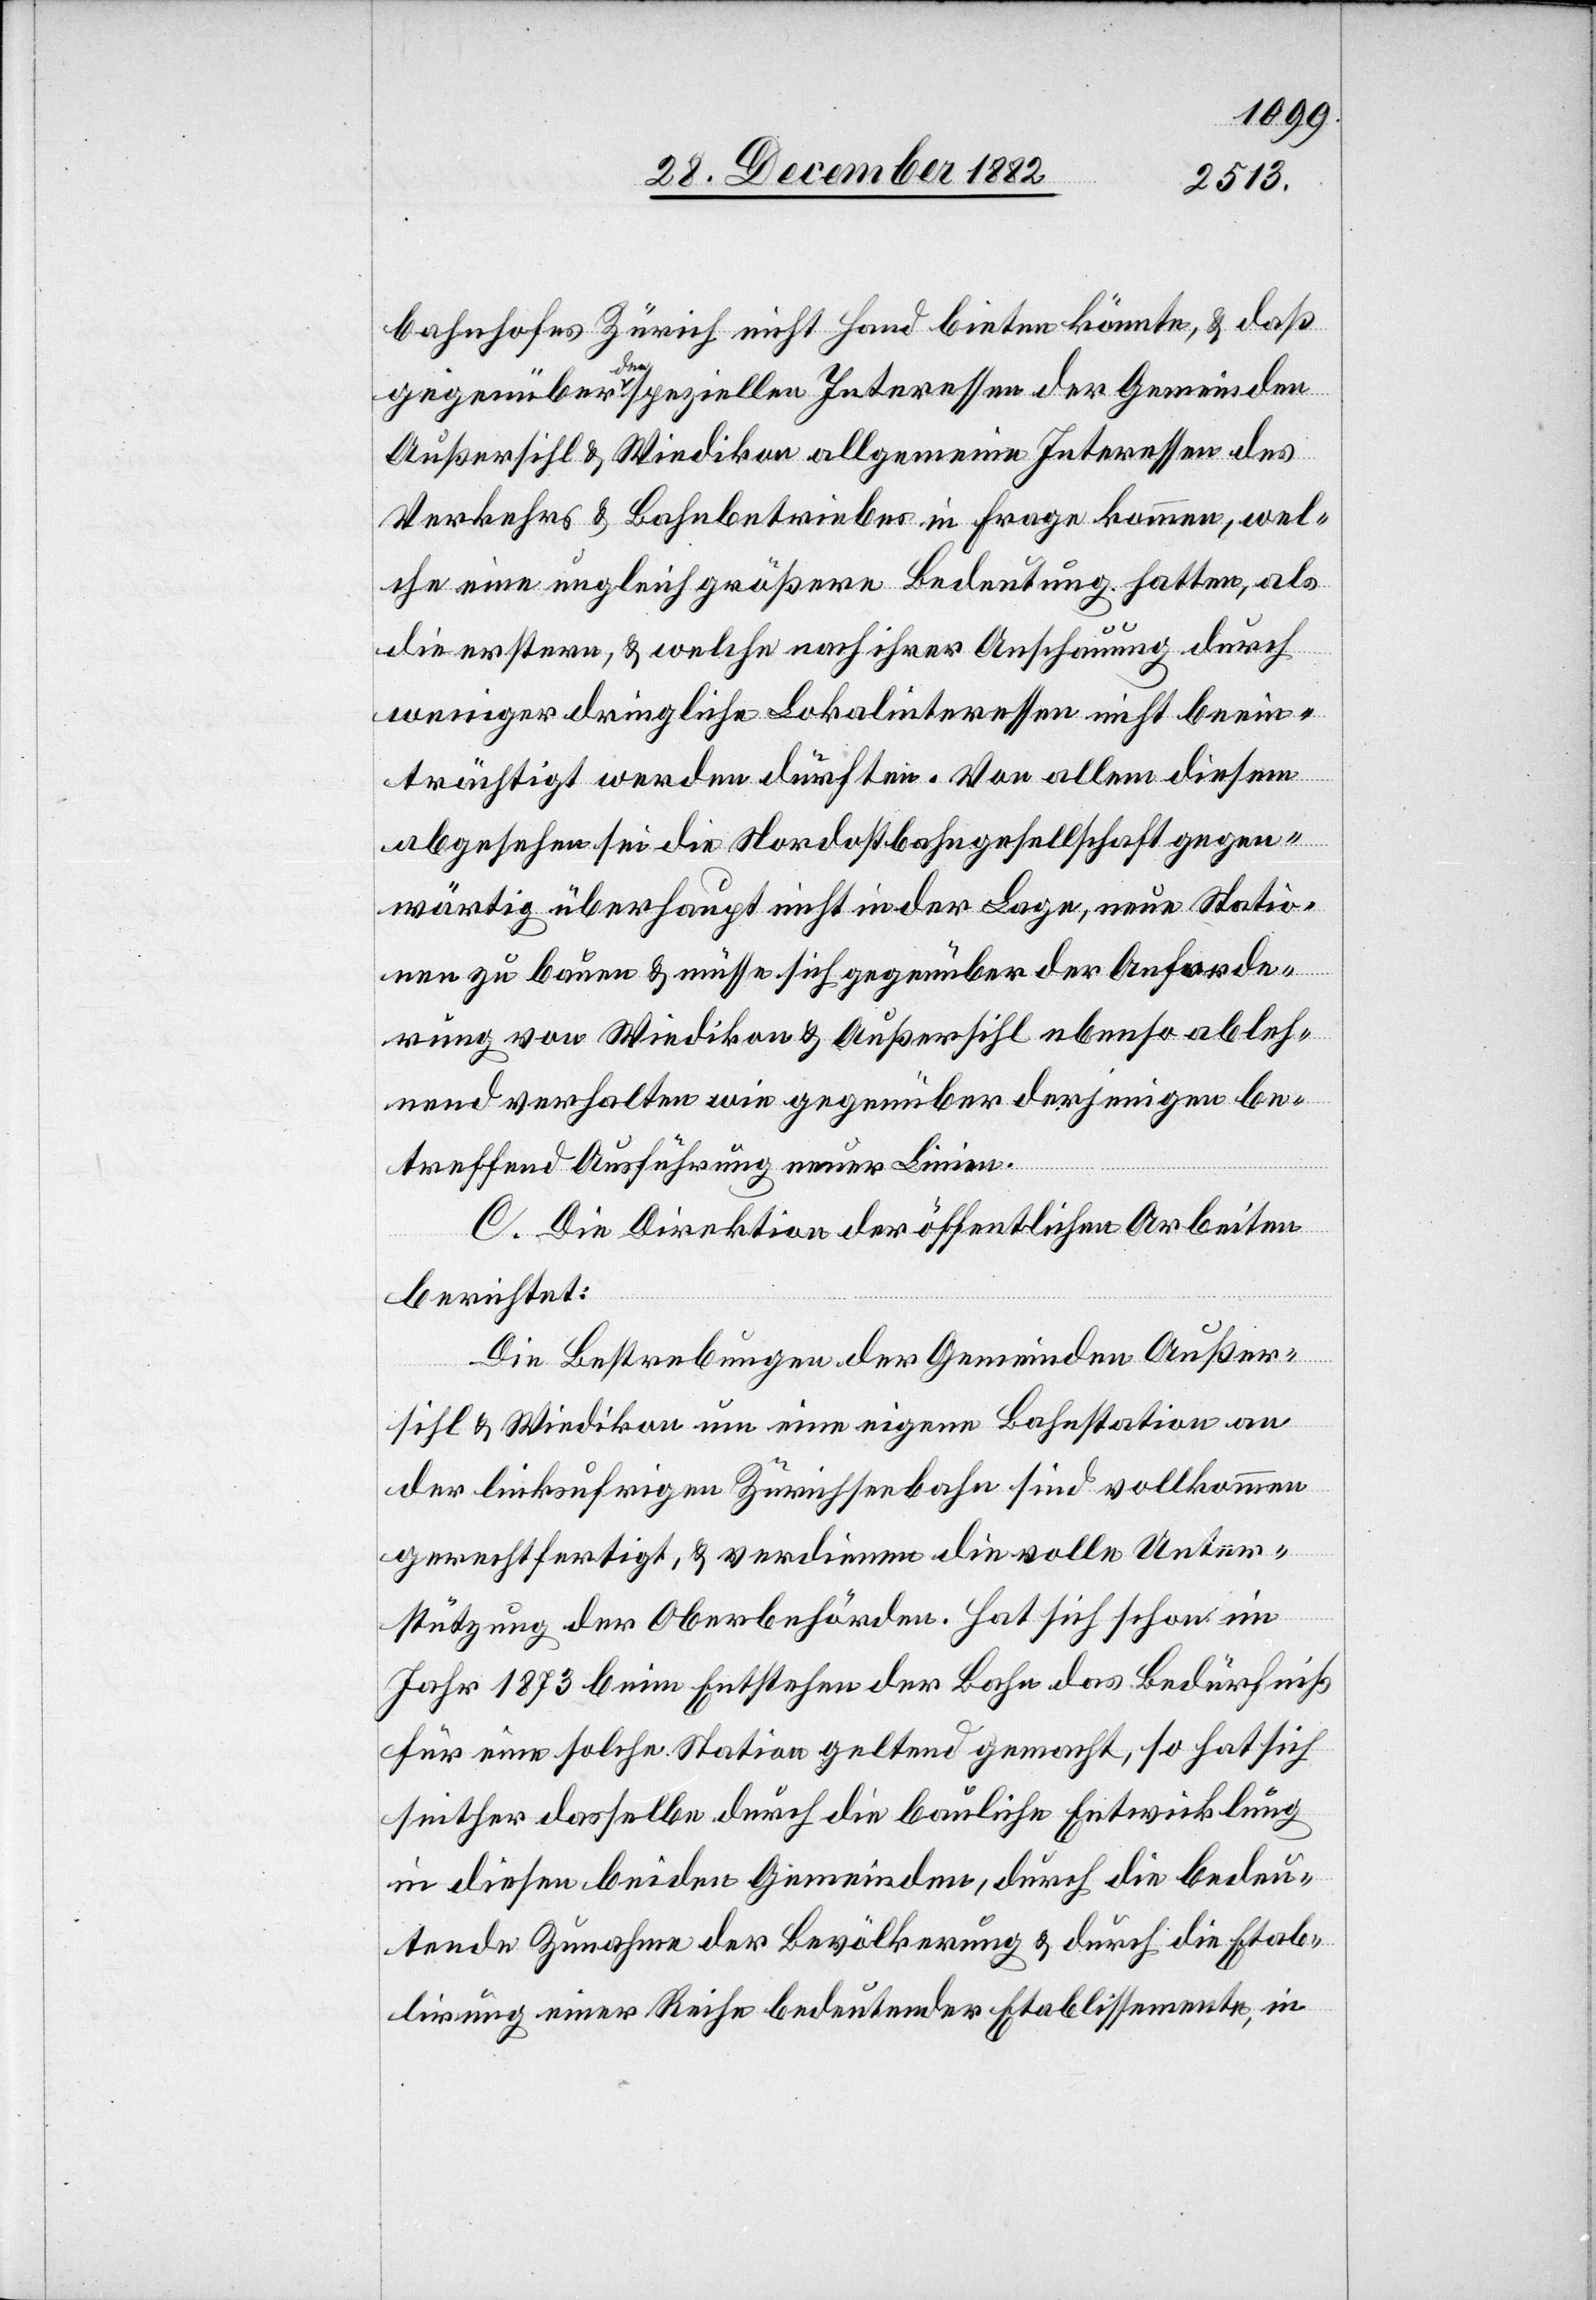
bahnhofes Zürich nicht Hand bieten könnte, & daß
gegenüber den speziellen Interessen der Gemeinden
Außersihl & Wiedikon allgemeine Interessen des
Verkehrs & Bahnbetriebes in Frage kommen, wel¬
che eine ungleich größere Bedeutung hatten, als
die erstern, & welche nach ihrer Anschauung durch
weniger dringliche Lokalinteressen nicht beein¬
trächtigt werden dürften. Von allem diesem
abgesehen sei die Nordostbahngesellschaft gegen¬
wärtig überhaupt nicht in der Lage, neue Statio¬
nen zu bauen & müsse sich gegenüber der Anforde¬
rung von Wiedikon & Außersihl ebenso ableh¬
nend verhalten wie gegenüber derjenigen be¬
treffend Ausführung neuer Linien.
C. Die Direktion der öffentlichen Arbeiten
berichtet:
Die Bestrebungen der Gemeinden Außer¬
sihl & Wiedikon um eine eigene Bahnstation an
der linksufrigen Zürichseebahn sind vollkommen
gerechtfertigt, & verdienen die volle Unter¬
stützung der Oberbehörden. Hat sich schon im
Jahr 1873 beim Entstehen der Bahn das Bedürfniß
für eine solche Station geltend gemacht, so hat sich
seither dasselbe durch die bauliche Entwicklung
in diesen beiden Gemeinden, durch die bedeu¬
tende Zunahme der Bevölkerung & durch die Etab¬
lierung einer Reihe bedeutender Etablissemente, in